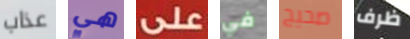
عذاب هي على في صحيح ظرف